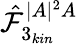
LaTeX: \hat{\mathcal{F}}_{3_{kin}}^{|A|^{2}A}